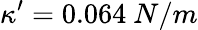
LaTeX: \kappa^{\prime}=0.064\ N/m